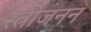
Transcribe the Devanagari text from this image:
स्त्रीजनन